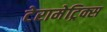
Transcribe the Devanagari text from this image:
टेरामेट्रिक्स